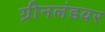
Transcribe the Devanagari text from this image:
ग्रीनलंडवर